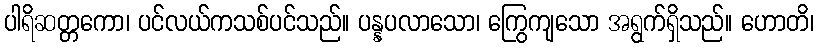
ပါရိဆတ္တကော၊ ပင်လယ်ကသစ်ပင်သည်။ ပန္နပလာသော၊ ကြွေကျသော အရွက်ရှိသည်။ ဟောတိ၊